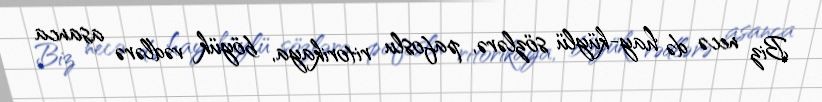
Biz necə də hay-küylü sözlərə, pafoslu ritorikaya, böyük vədlərə asanca